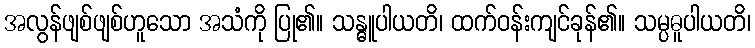
အလွန်ဖျစ်ဖျစ်ဟူသော အသံကို ပြု၏။ သန္ဓူပါယတိ၊ ထက်ဝန်းကျင်ခုန်၏။ သမ္ပဓူပါယတိ၊